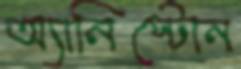
অ্যানিস্টোন